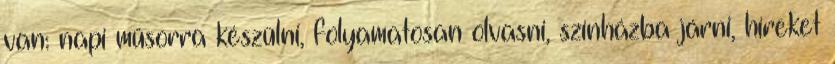
van: napi műsorra készülni, folyamatosan olvasni, színházba járni, híreket